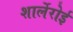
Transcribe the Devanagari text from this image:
शार्लेरोई